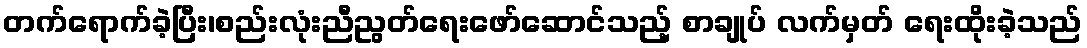
တက်ရောက်ခဲ့ပြီး၊စည်းလုံးညီညွတ်ရေးဖော်ဆောင်သည့် စာချုပ် လက်မှတ် ရေးထိုးခဲ့သည်